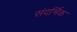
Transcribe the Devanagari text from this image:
संदर्भिक